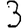
Digit: 3